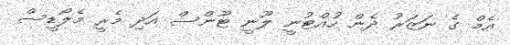
އެމް ގެ ނަޒަރު ދެން ހުއްޓުނީ ލޫނީ ޓޫންސް އަދި މެރީ މެލޯޑީސް